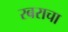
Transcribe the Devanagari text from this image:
रबराचा